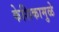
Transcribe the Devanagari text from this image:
केशिकामुळे